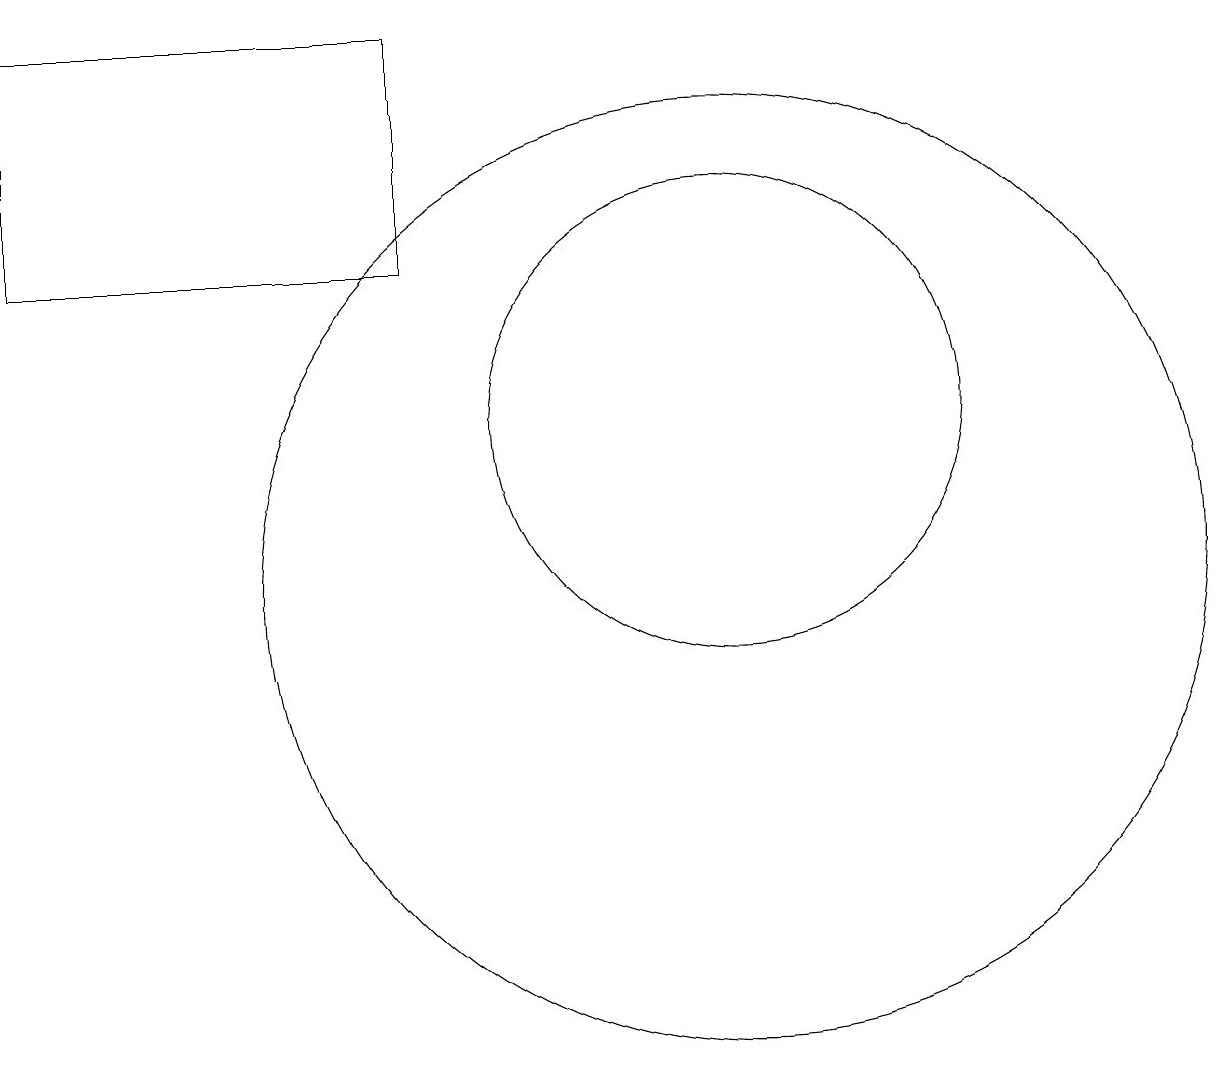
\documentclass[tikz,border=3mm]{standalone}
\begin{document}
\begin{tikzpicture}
\draw (10,10) circle (6);
\draw (10,12) circle (0);
\draw (1,14) rectangle (6,17);
\draw (10,12) circle (3);
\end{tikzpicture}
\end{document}